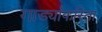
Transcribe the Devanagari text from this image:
गाड्यांकरिता